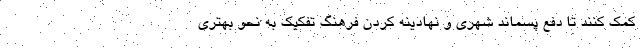
کمک کنند تا دفع پسماند شهری و نهادینه کردن فرهنگ تفکیک به نحو بهتری